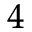
^ { 4 }